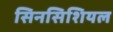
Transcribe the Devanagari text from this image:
सिनसिशियल